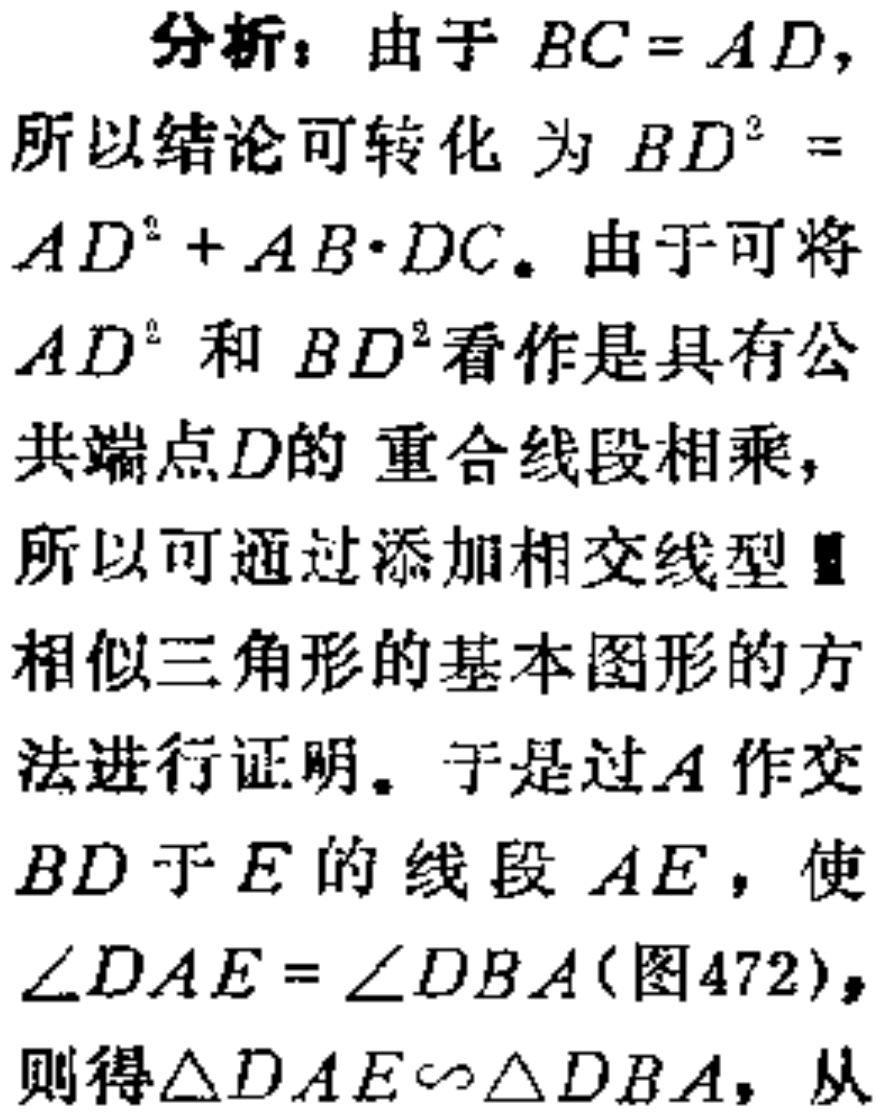
分析：由于 \(BC = AD\)，
所以结论可转化为 \(BD^{2} =\)
\(AD^{2}+AB\cdot DC\)。由于可将
\(AD^{2}\) 和 \(BD^{2}\) 看作是具有公
共端点 \(D\) 的 重合线段相乘，
所以可通过添加相交线型
相似三角形的基本图形的方
法进行证明。于是过 \(A\) 作交
\(BD\) 于 \(E\) 的线段 \(AE\)，使
\(\angle DAE=\angle DBA\)(图472)，
则得\(\triangle DAE\sim\triangle DBA\)，从